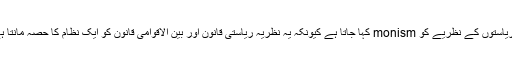
ان ریاستوں کے نظریے کو monism کہا جاتا ہے کیونکہ یہ نظریہ ریاستی قانون اور بین الاقوامی قانون کو ایک نظام کا حصہ مانتا ہے ۔